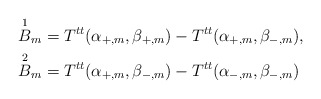
\begin{align*} \overset{1}{B}_m&=T^{tt}(\alpha_{+,m},\beta_{+,m})-T^{tt}(\alpha_{+,m},\beta_{-,m}),\\ \overset{2}{B}_m&=T^{tt}(\alpha_{+,m},\beta_{-,m})-T^{tt}(\alpha_{-,m},\beta_{-,m})\end{align*}